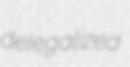
delegalized